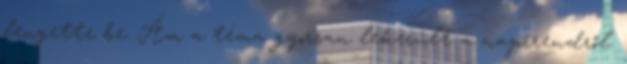
lengette be. Ám a téma gyorsan lekerült a napirendről.